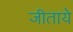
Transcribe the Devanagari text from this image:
जीताये